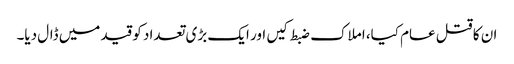
ان کا قتل عام کیا، املاک ضبط کیں اور ایک بڑی تعداد کو قید میں ڈال دیا۔